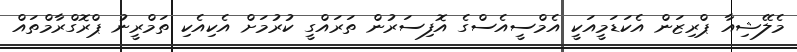
މެލޭޝިއާ ޕްރިޒަން އެކަޑަމީއަކީ އެމްސީއެސްގެ އޮފިސަރުން ތަރައްގީ ކުރުމަށް އެކިއެކި ތަމްރީނު ޕްރޮގްރާމްތައް